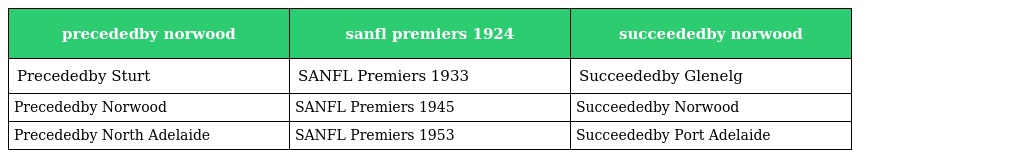
| precededby norwood | sanfl premiers 1924 | succeededby norwood |
 | --- | --- | --- |
 | Precededby Sturt | SANFL Premiers 1933 | Succeededby Glenelg |
 | Precededby Norwood | SANFL Premiers 1945 | Succeededby Norwood |
 | Precededby North Adelaide | SANFL Premiers 1953 | Succeededby Port Adelaide |